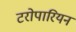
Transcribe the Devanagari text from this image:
टरोपारियन